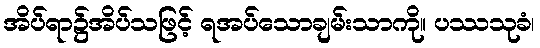
အိပ်ရာ၌အိပ်သဖြင့် ရအပ်သောချမ်းသာကို။ ပဿသုခံ၊